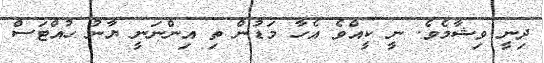
ދިނީ ވިޝާމެވެ. ނީ ކީއްވެ އެހާ މަޑުން ތި އިންނަނީ ޔާނު ހުއްޓަސް